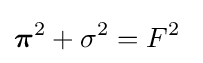
{\boldsymbol {\pi }}^{2}+\sigma ^{2}=F^{2}\